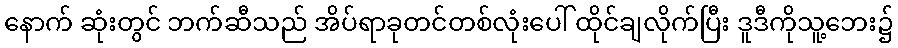
နောက် ဆုံးတွင် ဘက်ဆီသည် အိပ်ရာခုတင်တစ်လုံးပေါ် ထိုင်ချလိုက်ပြီး ဒူဒီကိုသူ့ဘေး၌